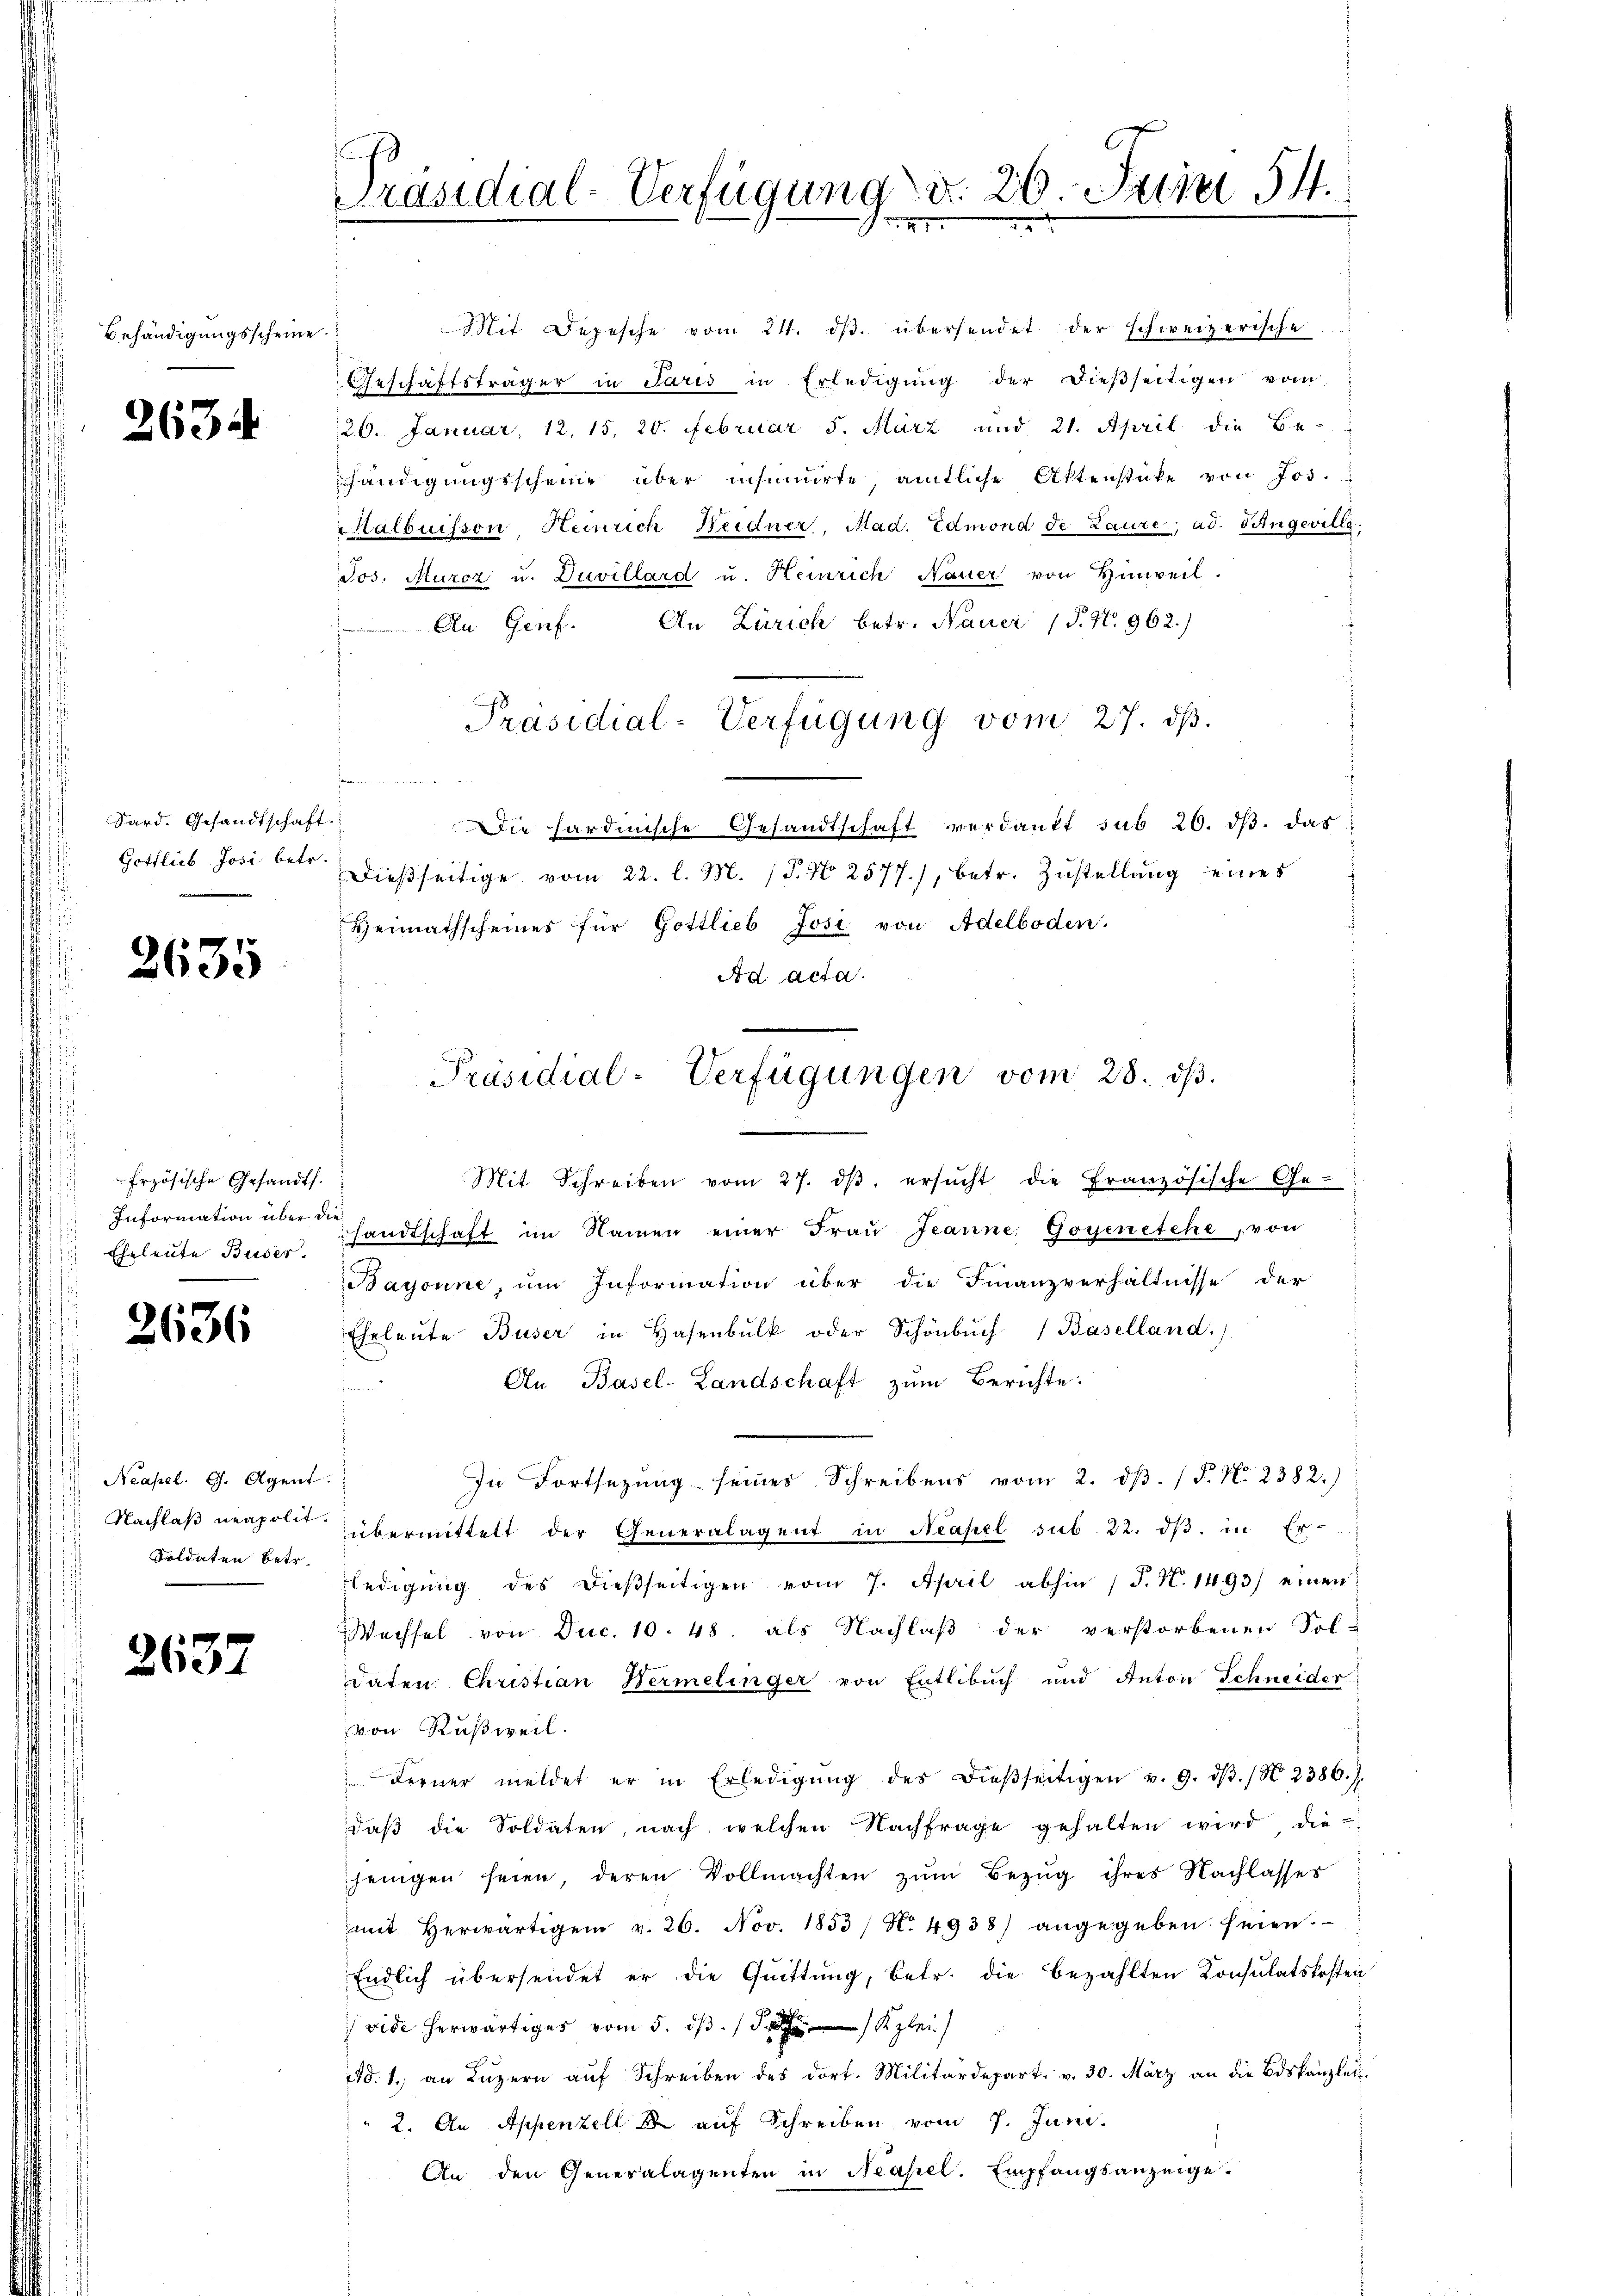
Behändigungsscheine.

2634

Dard. Gesandtschaft.
Gottlieb Josi betr.

2635

Erzösische Gesandts.
Information über di
Eheleute Buser.

2636

Neapel. G. Agent.
Nachlaß neapolit.
Soldaten betr.

2637

Präsidial-Verfügung d. 26. Junii 154.
.

Mit Depesche vom 24. dβ. übersendet der schweizerische
Geschäftsträger in Paris in Erledigŭng der dießseitigen vom
26. Januar, 12. 15. 20. Februar 5. März und 21. April die Behändigungsscheine über insumirte amtliche Attenstücke von Jos.
Halbuisson Heinrich Heidner, Mad. Edmona de Laure, ad. Fingeville,
Jos. Muroz u. Duvillard u. Heinrich Nauer von Hinweil.
Ca Genf. An Zürich betr. Nauer (T. N. 962.)
Präsidial-Verfügung vom 27. dβ.
Die hardinische Gesandtschaft verdankt sub 20. dβ. das
Dieβseitige vom 22. l. M. (T. N. 2577), betr. Zustellung eines
Heimathscheines für Gottlieb Josi von Adelboden.
Ad acta.
Mit Schreiben vom 27. dβ. ersucht die Französische Ge-
sandtschaft im Namen einer Fraŭ Jeanne, Goyenetehe, von
Bayonne, um Information über die Finanzverhältnisse der
Eheleute Buser in Hasenbŭlk oder Schönbŭch (Baselland:
An Basel-Landschaft zŭm Berichte.
In Fortsezung seines Schreibens vom 2. dβ. / P. Nr. 2382.)
übermittelt der Generalagent in Neapel sub. 22. dβ. in Er-
ledigŭng des dieβseitigen vom 7. April abhin 1 S. N. 1493) einen
Wechsel von Duc. 10. 48. als Nachlaß der verstorbenen Sol-
daten Christian Wermelinger von Entlebuch und Anton Schneider
von Rußweil.
Ferner meldet er in Erledigŭng des dieβseitigen v. 9. dβ. / N. 2386.)
daß die Soldaten, nach welchen Nachfrage gehalten wird die-
jenigen seien deren Vollmachten zŭm Bezug ihres Nachlasses
mit herwärtigen v. 26. Nov. 1853 / No. 4933) angegeben seien.
Endlich übersendet er die Qŭittŭng, betr. die bezahlten Konsulatskosten
vide herwärtiges vom 5. ds. Klei
Ad. 1. an Lŭzern aŭf Schreiben des dort. Militärdepart. v. 30. März an die Biskanzlei-
2. An Appenzell & auf Schreiben vom 7. Juni.
An den Generalagenten in Neapel. Empfangsanzeige.

Präsidial-Verfügungen vom 28. dβ.

s